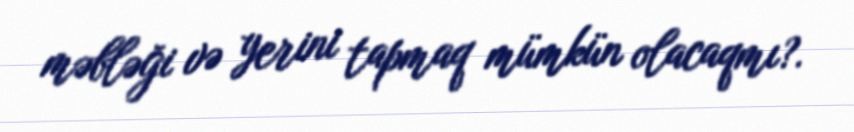
məbləği və yerini tapmaq mümkün olacaqmı?.